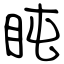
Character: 盹